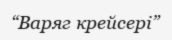
“Варяг крейсері”